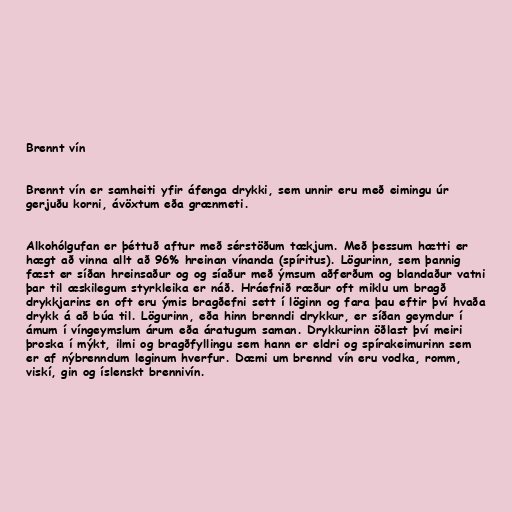
Brennt vín

Brennt vín er samheiti yfir áfenga drykki, sem unnir eru með eimingu úr
gerjuðu korni, ávöxtum eða grænmeti.

Alkohólgufan er þéttuð aftur með sérstöðum tækjum. Með þessum hætti er
hægt að vinna allt að 96% hreinan vínanda (spíritus). Lögurinn, sem þannig
fæst er síðan hreinsaður og og síaður með ýmsum aðferðum og blandaður vatni
þar til æskilegum styrkleika er náð. Hráefnið ræður oft miklu um bragð
drykkjarins en oft eru ýmis bragðefni sett í löginn og fara þau eftir því hvaða
drykk á að búa til. Lögurinn, eða hinn brenndi drykkur, er síðan geymdur í
ámum í víngeymslum árum eða áratugum saman. Drykkurinn öðlast því meiri
þroska í mýkt, ilmi og bragðfyllingu sem hann er eldri og spírakeimurinn sem
er af nýbrenndum leginum hverfur. Dæmi um brennd vín eru vodka, romm,
viskí, gin og íslenskt brennivín.